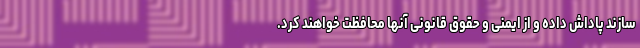
سازند پاداش داده و از ایمنی و حقوق قانونی آنها محافظت خواهند کرد.